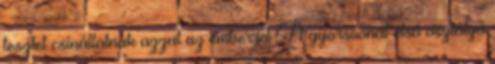
tesztet csináltatnak azzal az emberrel A gyorsvonat első osztályú